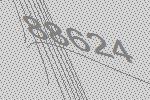
88624